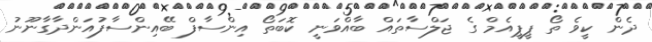
ދެން ކީވެ ތޯ ޕީޕީއެމް ގެ ޖަލްސާތައް ބާއްވަނީ ކޮބަތޯ އިންސާފް ބޭއިންސާފުއަންދާގާނޫނު